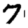
Digit: 7